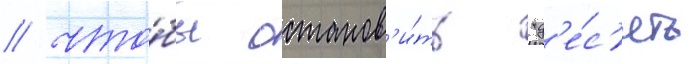
/ что́бы останов'и́ть "д'е́с'ять